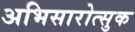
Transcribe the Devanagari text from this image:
अभिसारोत्सुक